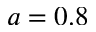
a = 0 . 8